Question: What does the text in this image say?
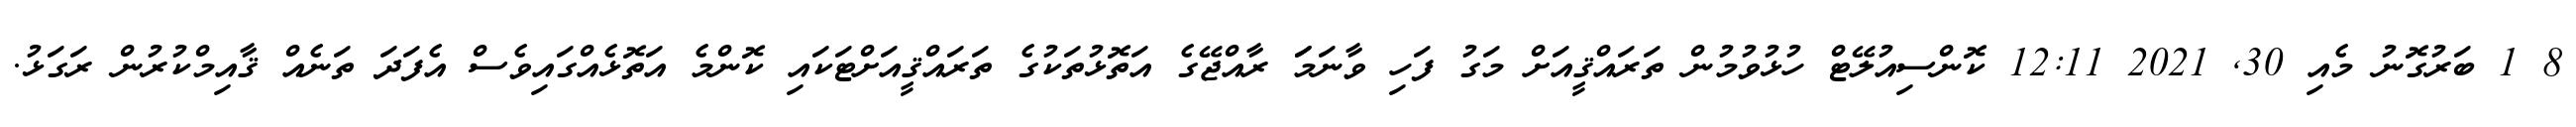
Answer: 8 1 ބަރުގޮނު މެއި 30, 2021 12:11 ކޮންސިއުލޭޓް ހުޅުވުމުން ތަރައްޤީއަށް މަގު ފަހި ވާނަމަަ ރާއްޖޭގެ އަތޮޅުތަކުގެ ތަރައްޤީއަށްޓަކައި ކޮންމެ އަތޮޅެއްގައިވެސް އެފަދަ ތަނެއް ޤާއިމްކުރުން ރަގަޅު.